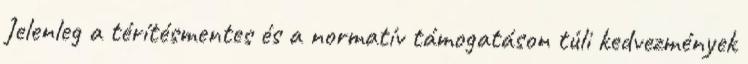
Jelenleg a térítésmentes és a normatív támogatáson túli kedvezmények